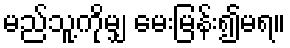
မည်သူ့ကိုမျှ မေးမြန်း၍မရ။